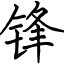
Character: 锋